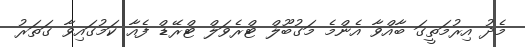
މެދު އިރުމަތީގަ ބާއްވާ އެންމެ މަގުބޫލް ޓްރެވަލް ޓްރޭޑް ފެއާ ކަމުގައިވާ ގަތަރު